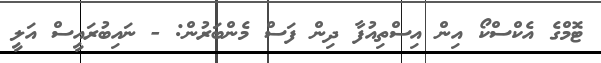
ޓޮމްގެ އެކްސްކޯ އިން އިސްތިއުފާ ދިން ފަސް މެންބަރުން: - ނައިބުރައީސް އަލީ